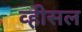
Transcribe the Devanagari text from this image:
व्हीसल